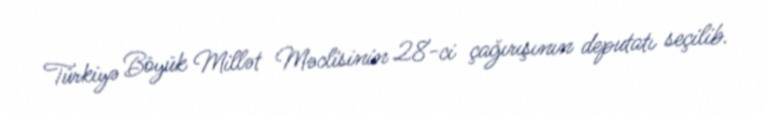
Türkiyə Böyük Millət Məclisinin 28-ci çağırışının deputatı seçilib.